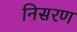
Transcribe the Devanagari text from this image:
निसरण